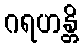
ဂရဟန္တိ